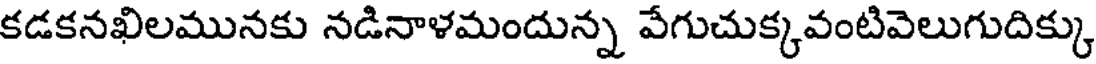
కడకనఖిలమునకు నడినాళమందున్న వేగుచుక్కవంటివెలుగుదిక్కు